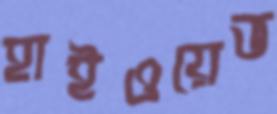
হাইওয়েভ